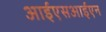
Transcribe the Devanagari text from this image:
आईएसआईएन